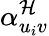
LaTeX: \alpha_{u_{i}v}^{\mathcal{H}}